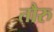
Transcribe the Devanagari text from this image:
तौरु